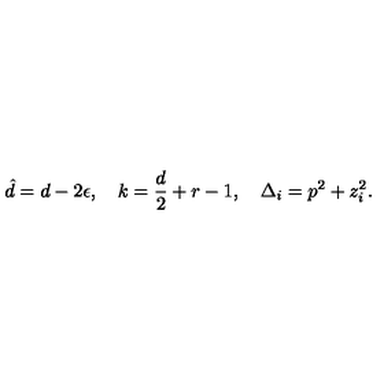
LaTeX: \hat { d } = d - 2 \epsilon , \quad k = \frac { d } { 2 } + r - 1 , \quad \Delta _ { i } = p ^ { 2 } + z _ { i } ^ { 2 } .